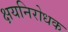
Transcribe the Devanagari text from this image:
क्षयनिरोधक